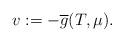
LaTeX: \begin{align*}v:=-\overline{g} ( T,\mu).\end{align*}